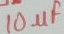
Text: 10uF